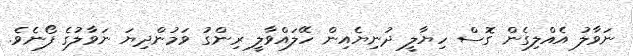
ނަވާލު އެއްލިގެން ގޮސް ހިޔާލީ ދުނިޔެއިން ހޭލައްވާލީ ރިންގު ވަމުންދިޔަ ނަވާލުގެ ފޯނެވެ.